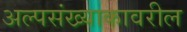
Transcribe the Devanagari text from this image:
अल्पसंख्याकावरील